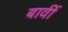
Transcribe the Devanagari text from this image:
बार्वी